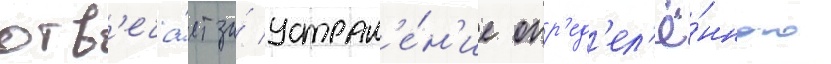
отв'еча́ет за́ устран'е́н'ие опр'ед'ел'ё́нного